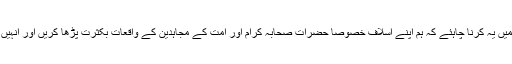
دوسرا کام ہمیں یہ کرنا چاہئے کہ ہم اپنے اسلاف خصوصاً حضرات صحابہ کرام اور امت کے مجاہدین کے واقعات بکثرت پڑھا کریں اور انہیں بیان کریں ۔